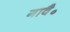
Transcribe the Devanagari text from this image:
गावै॰